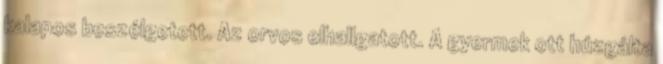
kalapos beszélgetett. Az orvos elhallgatott. A gyermek ott húzgálta